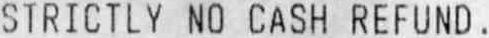
STRICTLY NO CASH REFUND .